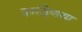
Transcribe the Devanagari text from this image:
ढाढ्णिया